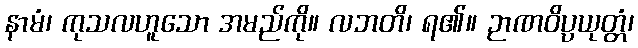
နာမံ၊ ကုသလဟူသော အမည်ကို။ လဘတိ၊ ရ၏။ ဉာဏဝိပ္ပယုတ္တံ၊